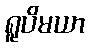
ရူပိမယာ